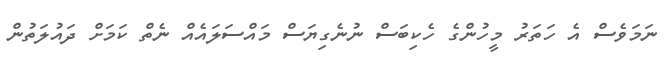
ނަމަވެސް އެ ހަތަރު މީހުންގެ ހެކިބަސް ނުނެގިޔަސް މައްސަލައެއް ނެތް ކަމަށް ދައުލަތުން